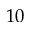
1 0